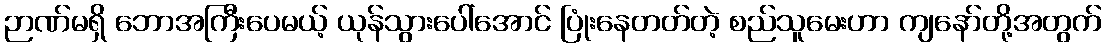
ဉာဏ်မရှိ ဘောအကြီးပေမယ့် ယုန်သွားပေါ်အောင် ပြုံးနေတတ်တဲ့ စည်သူမေးဟာ ကျနော်တို့အတွက်